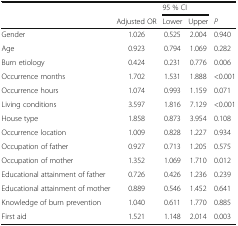
<table><thead><tr><td rowspan="2"></td><td></td><td colspan="2"><b>95 % CI</b></td><td></td></tr><tr><td><b>Adjusted OR</b></td><td><b>Lower</b></td><td><b>Upper</b></td><td><b><i>P</i></b></td></tr></thead><tbody><tr><td>Gender</td><td>1.026</td><td>0.525</td><td>2.004</td><td>0.940</td></tr><tr><td>Age</td><td>0.923</td><td>0.794</td><td>1.069</td><td>0.282</td></tr><tr><td>Burn etiology</td><td>0.424</td><td>0.231</td><td>0.776</td><td>0.006</td></tr><tr><td>Occurrence months</td><td>1.702</td><td>1.531</td><td>1.888</td><td>&lt;0.001</td></tr><tr><td>Occurrence hours</td><td>1.074</td><td>0.993</td><td>1.159</td><td>0.071</td></tr><tr><td>Living conditions</td><td>3.597</td><td>1.816</td><td>7.129</td><td>&lt;0.001</td></tr><tr><td>House type</td><td>1.858</td><td>0.873</td><td>3.954</td><td>0.108</td></tr><tr><td>Occurrence location</td><td>1.009</td><td>0.828</td><td>1.227</td><td>0.934</td></tr><tr><td>Occupation of father</td><td>0.927</td><td>0.713</td><td>1.205</td><td>0.575</td></tr><tr><td>Occupation of mother</td><td>1.352</td><td>1.069</td><td>1.710</td><td>0.012</td></tr><tr><td>Educational attainment of father</td><td>0.726</td><td>0.426</td><td>1.236</td><td>0.239</td></tr><tr><td>Educational attainment of mother</td><td>0.889</td><td>0.546</td><td>1.452</td><td>0.641</td></tr><tr><td>Knowledge of burn prevention</td><td>1.040</td><td>0.611</td><td>1.770</td><td>0.885</td></tr><tr><td>First aid</td><td>1.521</td><td>1.148</td><td>2.014</td><td>0.003</td></tr></tbody></table>